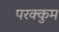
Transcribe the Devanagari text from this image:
परक्कुम